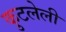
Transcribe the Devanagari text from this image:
कुटलेली